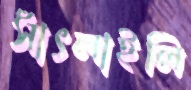
সাঁৎলাইলি